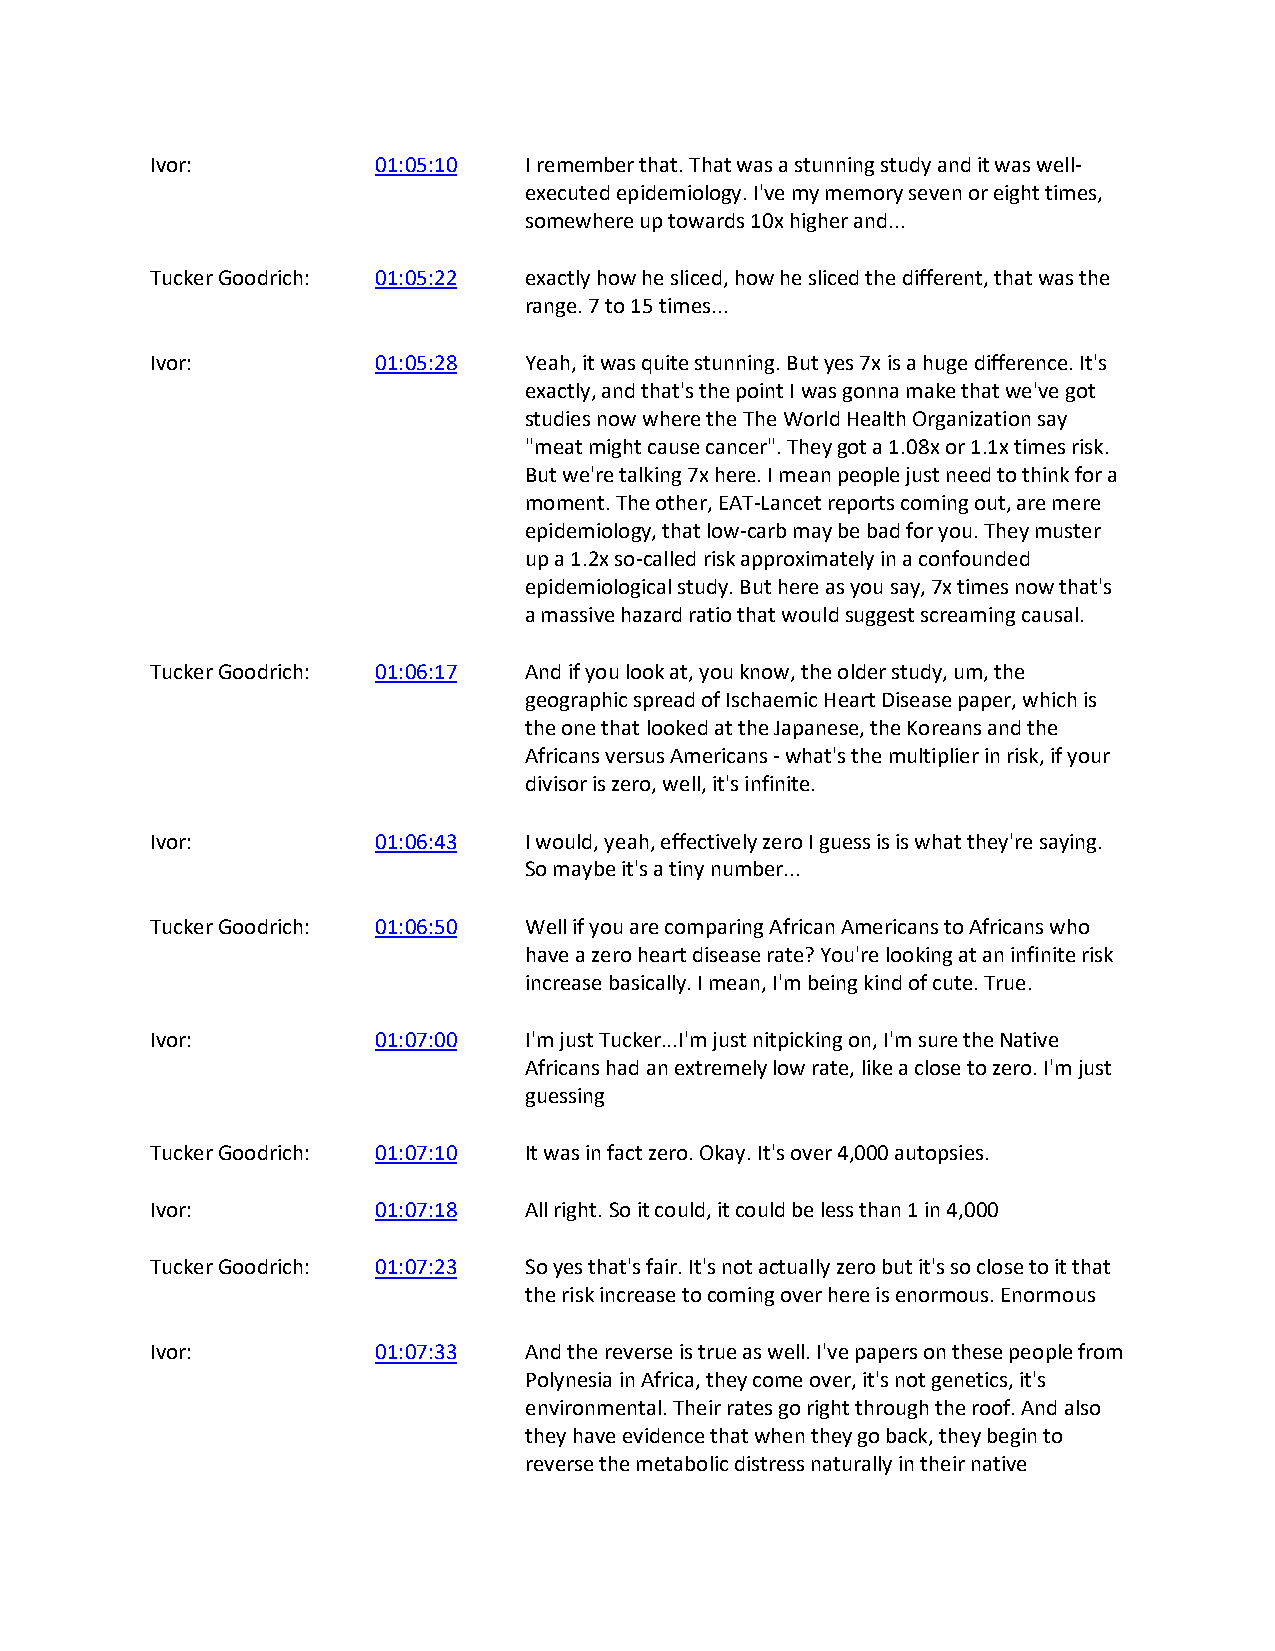
Ivor:          01:05:10  I remember that. That was a stunning study and it was well-
 executed epidemiology. I've my memory seven or eight times,
 somewhere up towards 10x higher and...
 Tucker Goodrich: 01:05:22 exactly how he sliced, how he sliced the different, that was the
 range. 7 to 15 times...
 Ivor:          01:05:28  Yeah, it was quite stunning. But yes 7x is a huge difference. It's
 exactly, and that's the point I was gonna make that we've got
 studies now where the The World Health Organization say
 "meat might cause cancer". They got a 1.08x or 1.1x times risk.
 But we're talking 7x here. I mean people just need to think for a
 moment. The other, EAT-Lancet reports coming out, are mere
 epidemiology, that low-carb may be bad for you. They muster
 up a 1.2x so-called risk approximately in a confounded
 epidemiological study. But here as you say, 7x times now that's
 a massive hazard ratio that would suggest screaming causal.
 Tucker Goodrich: 01:06:17 And if you look at, you know, the older study, um, the
 geographic spread of Ischaemic Heart Disease paper, which is
 the one that looked at the Japanese, the Koreans and the
 Africans versus Americans - what's the multiplier in risk, if your
 divisor is zero, well, it's infinite.
 Ivor:          01:06:43  I would, yeah, effectively zero I guess is is what they're saying.
 So maybe it's a tiny number...
 Tucker Goodrich: 01:06:50 Well if you are comparing African Americans to Africans who
 have a zero heart disease rate? You're looking at an infinite risk
 increase basically. I mean, I'm being kind of cute. True.
 Ivor:          01:07:00  I'm just Tucker...I'm just nitpicking on, I'm sure the Native
 Africans had an extremely low rate, like a close to zero. I'm just
 guessing
 Tucker Goodrich: 01:07:10 It was in fact zero. Okay. It's over 4,000 autopsies.
 Ivor:          01:07:18  All right. So it could, it could be less than 1 in 4,000
 Tucker Goodrich: 01:07:23 So yes that's fair. It's not actually zero but it's so close to it that
 the risk increase to coming over here is enormous. Enormous
 Ivor:          01:07:33  And the reverse is true as well. I've papers on these people from
 Polynesia in Africa, they come over, it's not genetics, it's
 environmental. Their rates go right through the roof. And also
 they have evidence that when they go back, they begin to
 reverse the metabolic distress naturally in their native